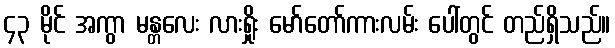
၄၃ မိုင် အကွာ မန္တလေး လားရှိုး မော်တော်ကားလမ်း ပေါ်တွင် တည်ရှိသည်။